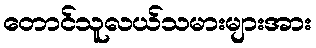
တောင်သူလယ်သမားများအား